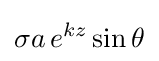
\sigma a\,e^{kz}\sin \theta